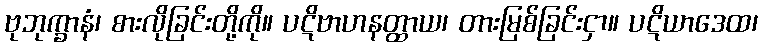
ဗုဘုက္ခာနံ၊ စားလိုခြင်းတို့ကို။ ပဋိဗာဟနတ္ထာယ၊ တားမြစ်ခြင်းငှာ။ ပဋိယာဒေထ၊